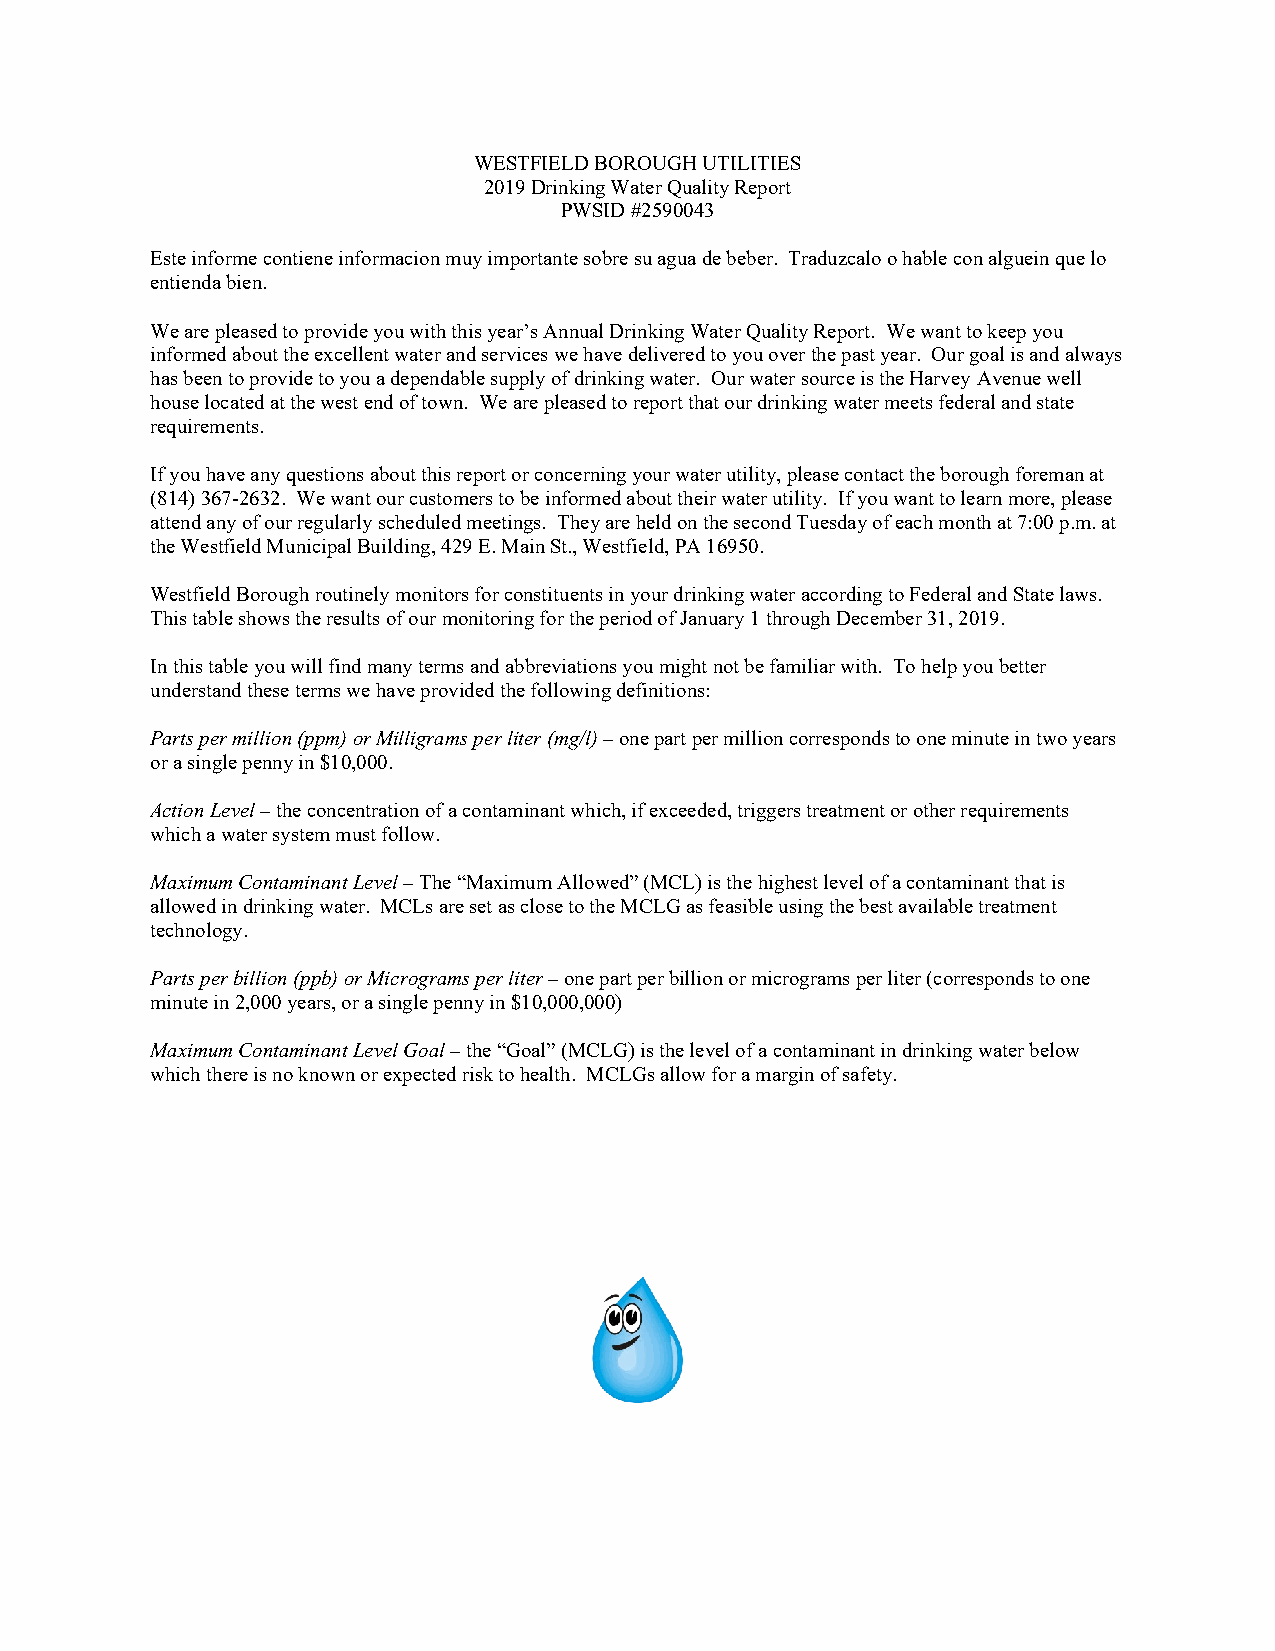
WESTFIELD BOROUGH UTILITIES
 2019 Drinking Water Quality Report
 PWSID #2590043
 Este informe contiene informacion muy importante sobre su agua de beber. Traduzcalo o hable con alguein que lo
 entienda bien.
 We are pleased to provide you with this year’s Annual Drinking Water Quality Report. We want to keep you
 informed about the excellent water and services we have delivered to you over the past year. Our goal is and always
 has been to provide to you a dependable supply of drinking water. Our water source is the Harvey Avenue well
 house located at the west end of town. We are pleased to report that our drinking water meets federal and state
 requirements.
 If you have any questions about this report or concerning your water utility, please contact the borough foreman at
 (814) 367-2632. We want our customers to be informed about their water utility. If you want to learn more, please
 attend any of our regularly scheduled meetings. They are held on the second Tuesday of each month at 7:00 p.m. at
 the Westfield Municipal Building, 429 E. Main St., Westfield, PA 16950.
 Westfield Borough routinely monitors for constituents in your drinking water according to Federal and State laws.
 This table shows the results of our monitoring for the period of January 1 through December 31, 2019.
 In this table you will find many terms and abbreviations you might not be familiar with. To help you better
 understand these terms we have provided the following definitions:
 Parts per million (ppm) or Milligrams per liter (mg/l) – one part per million corresponds to one minute in two years
 or a single penny in $10,000.
 Action Level – the concentration of a contaminant which, if exceeded, triggers treatment or other requirements
 which a water system must follow.
 Maximum Contaminant Level – The “Maximum Allowed” (MCL) is the highest level of a contaminant that is
 allowed in drinking water. MCLs are set as close to the MCLG as feasible using the best available treatment
 technology.
 Parts per billion (ppb) or Micrograms per liter – one part per billion or micrograms per liter (corresponds to one
 minute in 2,000 years, or a single penny in $10,000,000)
 Maximum Contaminant Level Goal – the “Goal” (MCLG) is the level of a contaminant in drinking water below
 which there is no known or expected risk to health. MCLGs allow for a margin of safety.